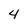
Character: 4